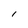
Character: l